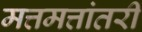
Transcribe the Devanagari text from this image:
मत्तमत्तांतरी